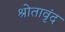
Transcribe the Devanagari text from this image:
श्रोतावृंद